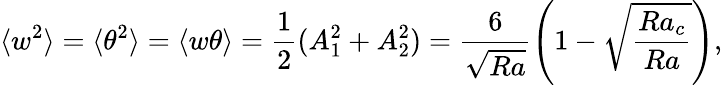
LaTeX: \langle w^{2}\rangle=\langle\theta^{2}\rangle=\langle w\theta\rangle=\frac{1}{2}(A_{1}^{2}+A_{2}^{2})=\frac{6}{\sqrt{Ra}}\left(1-\sqrt{\frac{Ra_{c}}{Ra}}\right),